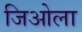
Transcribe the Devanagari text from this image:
जिओला